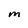
Character: M